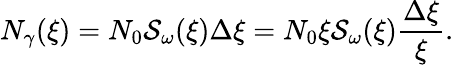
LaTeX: {N}_{\gamma}(\xi)=N_{0}\mathcal{S}_{\omega}(\xi)\Delta\xi=N_{0}\xi\mathcal{S}_{\omega}(\xi)\frac{\Delta\xi}{\xi}.